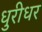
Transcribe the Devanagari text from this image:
धुरीधर